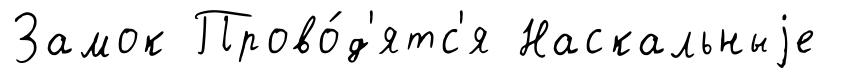
Замок Прово́д'ятс'я Наскальныjе